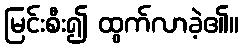
မြင်းစီး၍ ထွက်လာခဲ့၏။